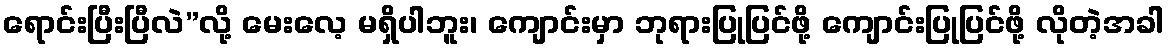
ရောင်းပြီးပြီလဲ”လို့ မေးလေ့ မရှိပါဘူး၊ ကျောင်းမှာ ဘုရားပြုပြင်ဖို့ ကျောင်းပြုပြင်ဖို့ လိုတဲ့အခါ